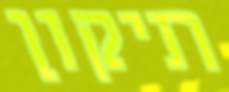
תיקון